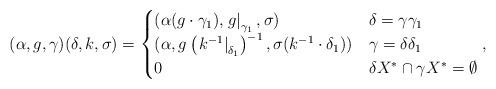
LaTeX: \begin{align*}(\alpha, g, \gamma)(\delta, k, \sigma) = \begin{cases}(\alpha(g\cdot \gamma_1), \left.g\right|_{\gamma_1}, \sigma)& \delta = \gamma\gamma_1\\(\alpha, g\left(\left.k^{-1}\right|_{\delta_1}\right)^{-1}, \sigma(k^{-1}\cdot\delta_1)) & \gamma = \delta\delta_1\\0 & \delta X^*\cap \gamma X^* = \emptyset\end{cases},\end{align*}